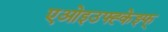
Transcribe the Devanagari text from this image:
एओइउफ्ह्केझ्फ्